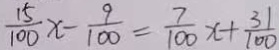
\frac { 1 5 } { 1 0 0 } x - \frac { 9 } { 1 0 0 } = \frac { 7 } { 1 0 0 } x + \frac { 3 1 } { 1 0 0 }